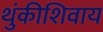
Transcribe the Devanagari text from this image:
थुंकीशिवाय